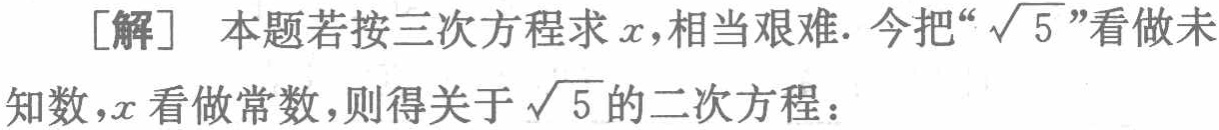
[解] 本题若按三次方程求\(x\)，相当艰难. 今把“\(\sqrt{5}\)”看做未知数，\(x\)看做常数，则得关于\(\sqrt{5}\)的二次方程：